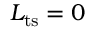
L _ { \mathrm { t s } } = 0